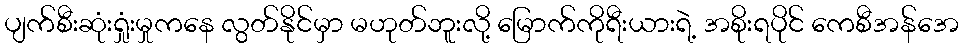
ပျက်စီးဆုံးရှုံးမှုကနေ လွတ်နိုင်မှာ မဟုတ်ဘူးလို့ မြောက်ကိုရီးယားရဲ့ အစိုးရပိုင် ကေစီအန်အေ